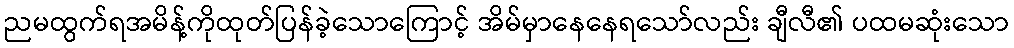
ညမထွက်ရအမိန့်ကိုထုတ်ပြန်ခဲ့သောကြောင့် အိမ်မှာနေနေရသော်လည်း ချီလီ၏ ပထမဆုံးသော